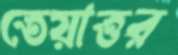
তেয়াত্তর